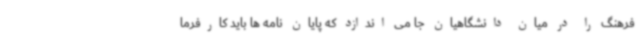
فرهنگ را در میان دانشگاهیان جا می اندازد که پایان نامه ها باید کارفرما